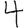
Digit: 4